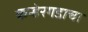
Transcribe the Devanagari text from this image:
कन्हेरगडाचा